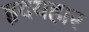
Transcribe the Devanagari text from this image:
हृदयहार